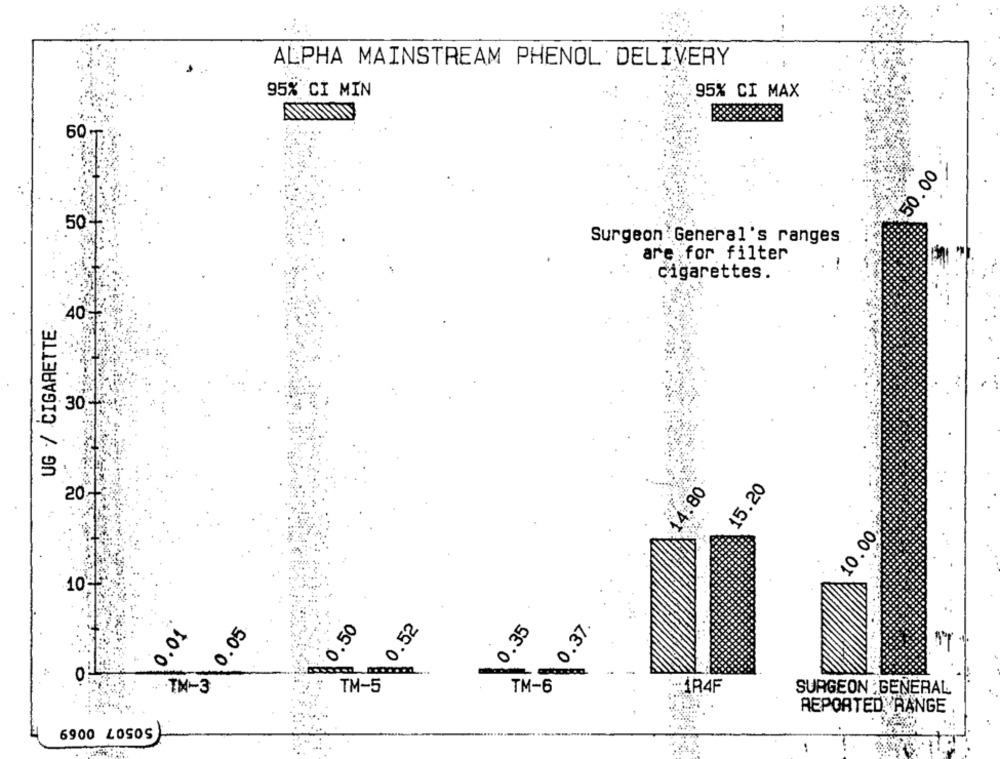
ALPHA MAINSTREAM PHENOL DELIVERY
95% CI MIN
95% CI MAX
60
50.00
50-
Surgeon General's ranges
are for filter
cigarettes.
UG / CIGARETTE
40℃
30
15.20
14.80
20,
10.00;
10ª
0.52
0.35
0.37.
0.04
0.05
0.50
0
TM-6
EM-3
TM-5
-1R4F
SURGEON GENERAL
REPORTED RANGE .
6900 LOSOS